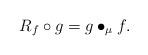
LaTeX: \begin{align*}R_f\circ g=g\bullet_\mu f.\end{align*}